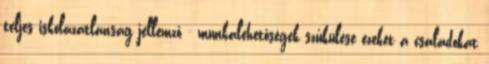
teljes iskolázatlanság jellemző - munkalehetőségek szűkülése ezeket a családokat